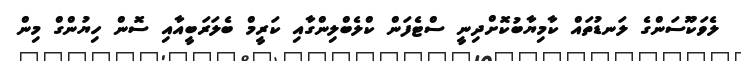
ލެވަކޫސަންގެ ލަނޑުތައް ކާމިޔާބުކޮށްދިނީ ސްޓެފަން ކްލެބްލިންގާއި ކަރީމް ބެލަރަބީއާއި ސޮން ހިޔުންގް މިން